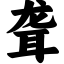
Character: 聋